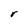
Character: r